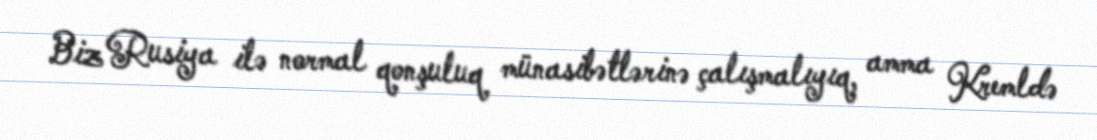
Biz Rusiya ilə normal qonşuluq münasibətlərinə çalışmalıyıq, amma Kremldə